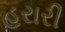
હરારી